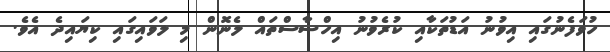
ހުވަފެނުގައި އިވުނު އަޑުތަކާއި ކުރެވުނު އިހްސާސްތައް ލެނޮން މި ލަވައިގައި ކިޔައިދެ އެވެ.